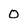
Character: 0